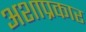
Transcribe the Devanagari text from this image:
अशाप्रकार